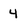
Character: 4